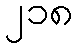
၂၁၈